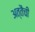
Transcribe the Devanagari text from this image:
अत्तैची